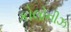
કોલોનીઝ